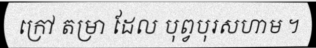
ក្រៅ តម្រា ដែល បុព្វបុរសហាម ។